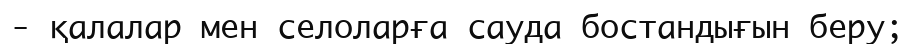
- қалалар мен селоларға сауда бостандығын беру;